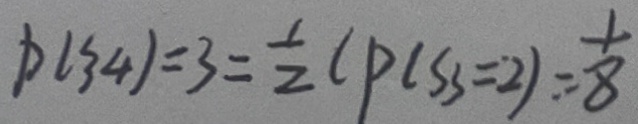
P ( 3 4 ) = 3 = \frac { 1 } { 2 } C P ( S _ { 3 } = 2 ) = \frac { 1 } { 8 }